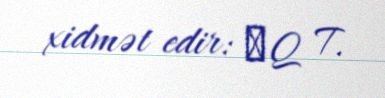
xidmət edir: δ Q T.